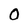
Character: 0